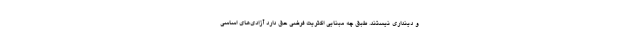
و دینداری نیستند. طبق چه مبنایی اکثریت فرضی حق دارد آزادی‌های اساسی